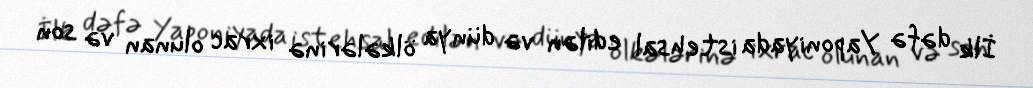
İlk dəfə Yaponiyada istehsal edilən və dünya ölkələrinə ixrac olunan və son